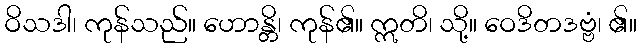
ဝိသဒါ၊ ကုန်သည်။ ဟောန္တိ၊ ကုန်၏။ ဣတိ၊ သို့။ ဝေဒိတဒဗ္ဗံ၊ ၏။